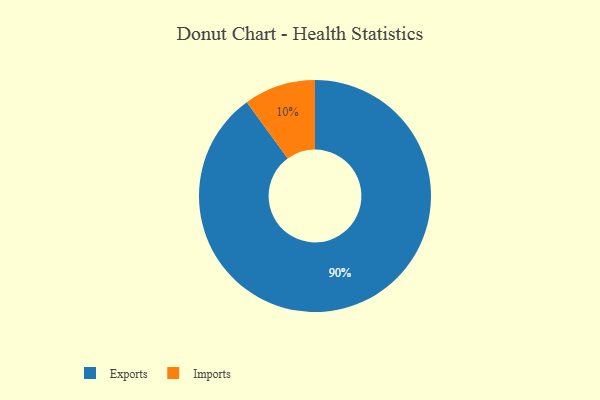
{"axis": {"x": "Category", "y": "Percentage"}, "legend": ["Exports", "Imports"], "data": [{"x": "Exports", "y": 90, "type": "Exports"}, {"x": "Imports", "y": 10, "type": "Imports"}]}